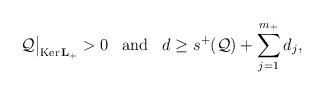
LaTeX: \begin{align*}\mathcal{Q}\big|_{{\rm Ker}\, {\bf L}_+} >0 \;\;\;{\rm and}\;\;\;d \ge s^+(\mathcal{Q}) + \sum_{j=1}^{m_+} d_j, \end{align*}